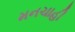
મનચાહી